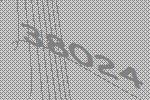
38024